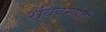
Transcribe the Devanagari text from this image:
रविवर्म्याची